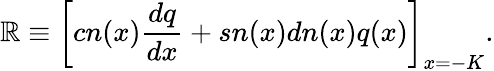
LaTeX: \mathbb{R}\equiv\bigg[cn(x)\frac{{dq}}{{dx}}+sn(x)dn(x)q(x)\bigg]_{x=-K}.